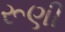
રૂણી